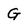
Character: G